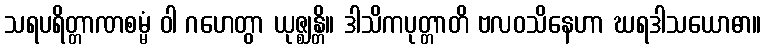
သရပရိတ္တာဏစမ္မံ ဝါ ဂဟေတွာ ယုဇ္ဈန္တိ။ ဒါသိကပုတ္တာတိ ဗလဝသိနေဟာ ဃရဒါသယောဓာ။